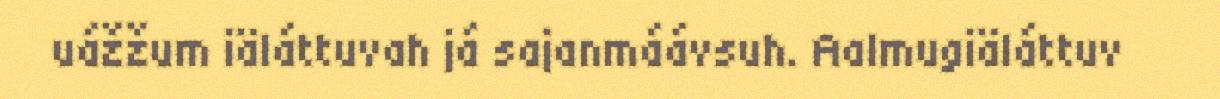
uážžum iäláttuvah já sajanmáávsuh. Aalmugiäláttuv